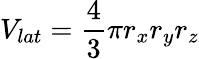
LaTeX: V_{lat}=\frac{4}{3}\pi r_{x}r_{y}r_{z}